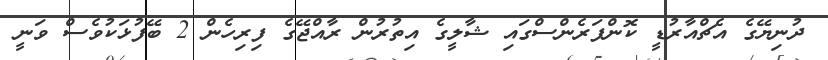
ދުނިޔޭގެ އެޗްއާރުޑީ ކޮންފަރެންސްގައި ޝާލީގެ އިތުރުން ރާއްޖޭގެ ފިރިހެން 2 ބޭފުޅަކުވެސް ވަނީ